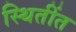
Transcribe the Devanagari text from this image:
स्थितींत